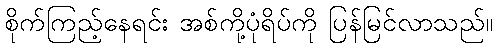
စိုက်ကြည့်နေရင်း အစ်ကို့ပုံရိပ်ကို ပြန်မြင်လာသည်။